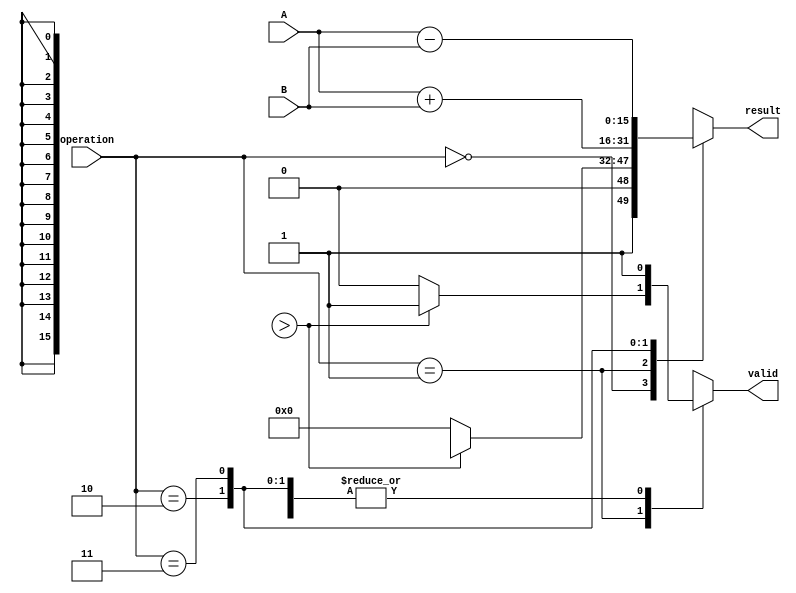
module ArithmeticBlock (
  input [15:0] A,          // Operand A in logarithmic form
  input [15:0] B,          // Operand B in logarithmic form
  input [1:0] operation,   // Control signal: 00 - Add, 01 - Subtract, 10 - Multiply, 11 - Divide
  output reg [15:0] result, // Result in logarithmic form
  output reg valid          // Signal to indicate valid output
);

  // Logarithmic to Linear Conversion (Placeholder)
  function [15:0] log_to_linear(input [15:0] log_value);
    // Implement conversion from logarithmic to linear here
    // For example: return (1 << log_value); for base 2
  endfunction

  // Linear to Logarithmic Conversion (Placeholder)
  function [15:0] linear_to_log(input [15:0] linear_value);
    // Implement conversion from linear to logarithmic here
    // For example: return $clog2(linear_value); for base 2
  endfunction

  always @(*) begin
    valid = 1'b0; // Default to invalid output
    case (operation)
      2'b00: begin // Addition: A + B
        // Convert back to linear for addition
        result = linear_to_log(log_to_linear(A) + log_to_linear(B));
        valid = 1'b1;
      end
      
      2'b01: begin // Subtraction: A - B
        // Convert back to linear for subtraction
        if (log_to_linear(A) > log_to_linear(B)) begin
          result = linear_to_log(log_to_linear(A) - log_to_linear(B));
          valid = 1'b1;
        end else begin
          result = 16'd0; // Handle underflow
          valid = 1'b0;
        end
      end
      
      2'b10: begin // Multiplication: A * B
        // Multiplication in logarithmic form is addition
        result = A + B;
        valid = 1'b1;
      end
      
      2'b11: begin // Division: A / B
        // Division in logarithmic form is subtraction
        result = A - B;
        valid = 1'b1;
      end
      
      default: begin
        result = 16'd0; // Default case
        valid = 1'b0;
      end
    endcase
  end
endmodule